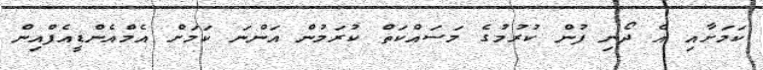
ކަމަށާއި އެ ދޯނި ފުން ކުރުމުގެ މަސައްކަތް ކުރަމުން އަންނަ ކަމަށް އެމްއެންޑީއެފްއިން